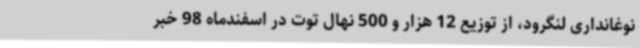
نوغانداری لنگرود، از توزیع 12 هزار و 500 نهال توت در اسفندماه 98 خبر